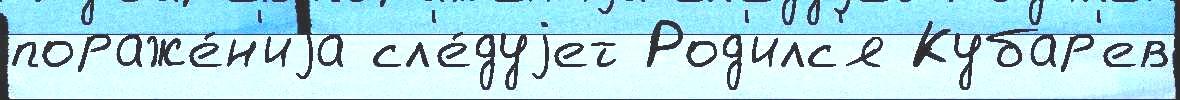
пораже́н'иjа сл'е́дуjет Род'илс'я Кубар'ев